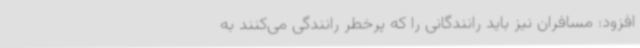
افزود: مسافران نیز باید رانندگانی را که پرخطر رانندگی می‌کنند به